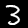
Label: 3